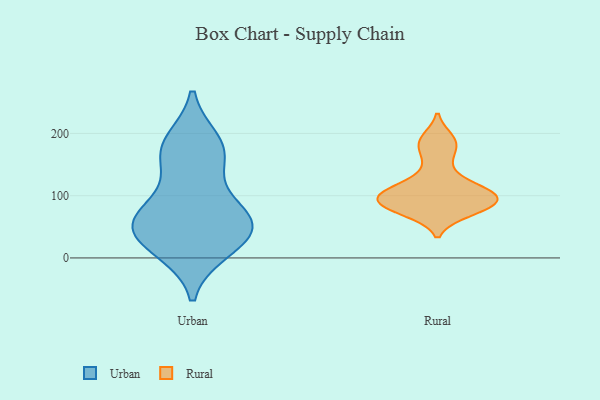
{"axis": {"x": "Active Users", "y": "Value"}, "legend": ["Rural", "Urban"], "data": [{"x": "", "y": 58, "type": "Urban"}, {"x": "", "y": 12, "type": "Urban"}, {"x": "", "y": 164, "type": "Urban"}, {"x": "", "y": 46, "type": "Urban"}, {"x": "", "y": 41, "type": "Urban"}, {"x": "", "y": 61, "type": "Urban"}, {"x": "", "y": 13, "type": "Urban"}, {"x": "", "y": 94, "type": "Urban"}, {"x": "", "y": 157, "type": "Urban"}, {"x": "", "y": 49, "type": "Urban"}, {"x": "", "y": 70, "type": "Urban"}, {"x": "", "y": 182, "type": "Urban"}, {"x": "", "y": 187, "type": "Urban"}, {"x": "", "y": 90, "type": "Rural"}, {"x": "", "y": 105, "type": "Rural"}, {"x": "", "y": 86, "type": "Rural"}, {"x": "", "y": 175, "type": "Rural"}, {"x": "", "y": 78, "type": "Rural"}, {"x": "", "y": 149, "type": "Rural"}, {"x": "", "y": 116, "type": "Rural"}, {"x": "", "y": 105, "type": "Rural"}, {"x": "", "y": 100, "type": "Rural"}, {"x": "", "y": 80, "type": "Rural"}, {"x": "", "y": 98, "type": "Rural"}, {"x": "", "y": 187, "type": "Rural"}, {"x": "", "y": 74, "type": "Rural"}, {"x": "", "y": 89, "type": "Rural"}, {"x": "", "y": 191, "type": "Rural"}, {"x": "", "y": 115, "type": "Rural"}]}